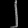
Digit: ၂